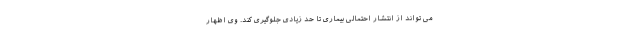
می تواند از انتشار احتمالی بیماری تا حد زیادی جلوگیری کند. وی اظهار